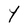
Character: Y